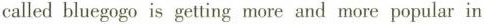
called bluegogo is getting more and more popular in